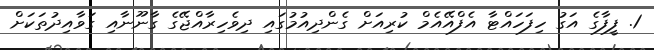
1. ފީފާގެ އަގު ހިފަހައްޓާ އެފްއޭއެމް ކުރިއަށް ގެންދިއުމުގައި ދިވެހިރާއްޖޭގެ ގާނޫނާއި ގަވާއިދުތަކަށް